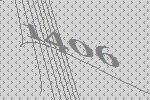
1406